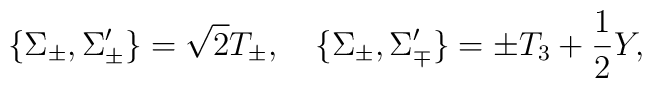
\{ \Sigma_{\pm}, \Sigma^{\prime}_{\pm} \}=\sqrt{2}T_{\pm}, \quad  \{ \Sigma_{\pm}, \Sigma^{\prime}_{\mp} \}=\pm T_{3}+\frac{1}{2}Y,